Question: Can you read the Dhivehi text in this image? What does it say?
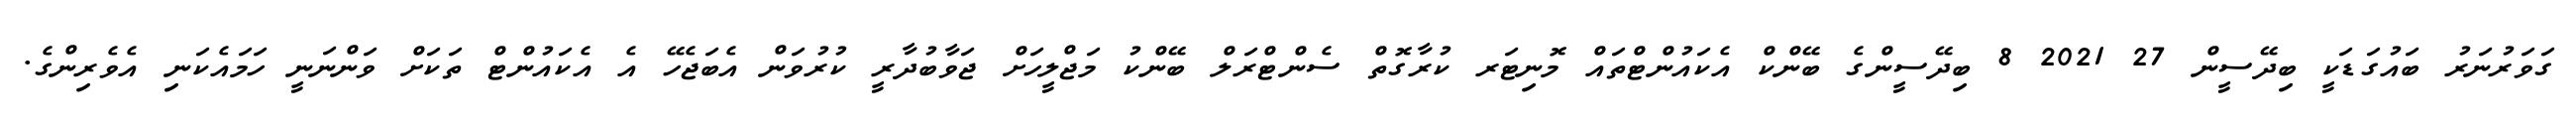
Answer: ގަވަރުނަރު ބައުގަޑަކީ ބިދޭސީން 27 2021 8 ބިދޭސީންގެ ބޭންކް އެކައުންޓްތައް މޮނިޓަރ ކުރާގޮތް ސެންޓްރަލް ބޭންކު މަޖްލީހަށް ޖަވާބުދާރީ ކުރުވަން އެބަޖެހޭ އެ އެކައުންޓް ތަކަށް ވަންނަނީ ހަމައެކަނި އެވެރިންގެ.